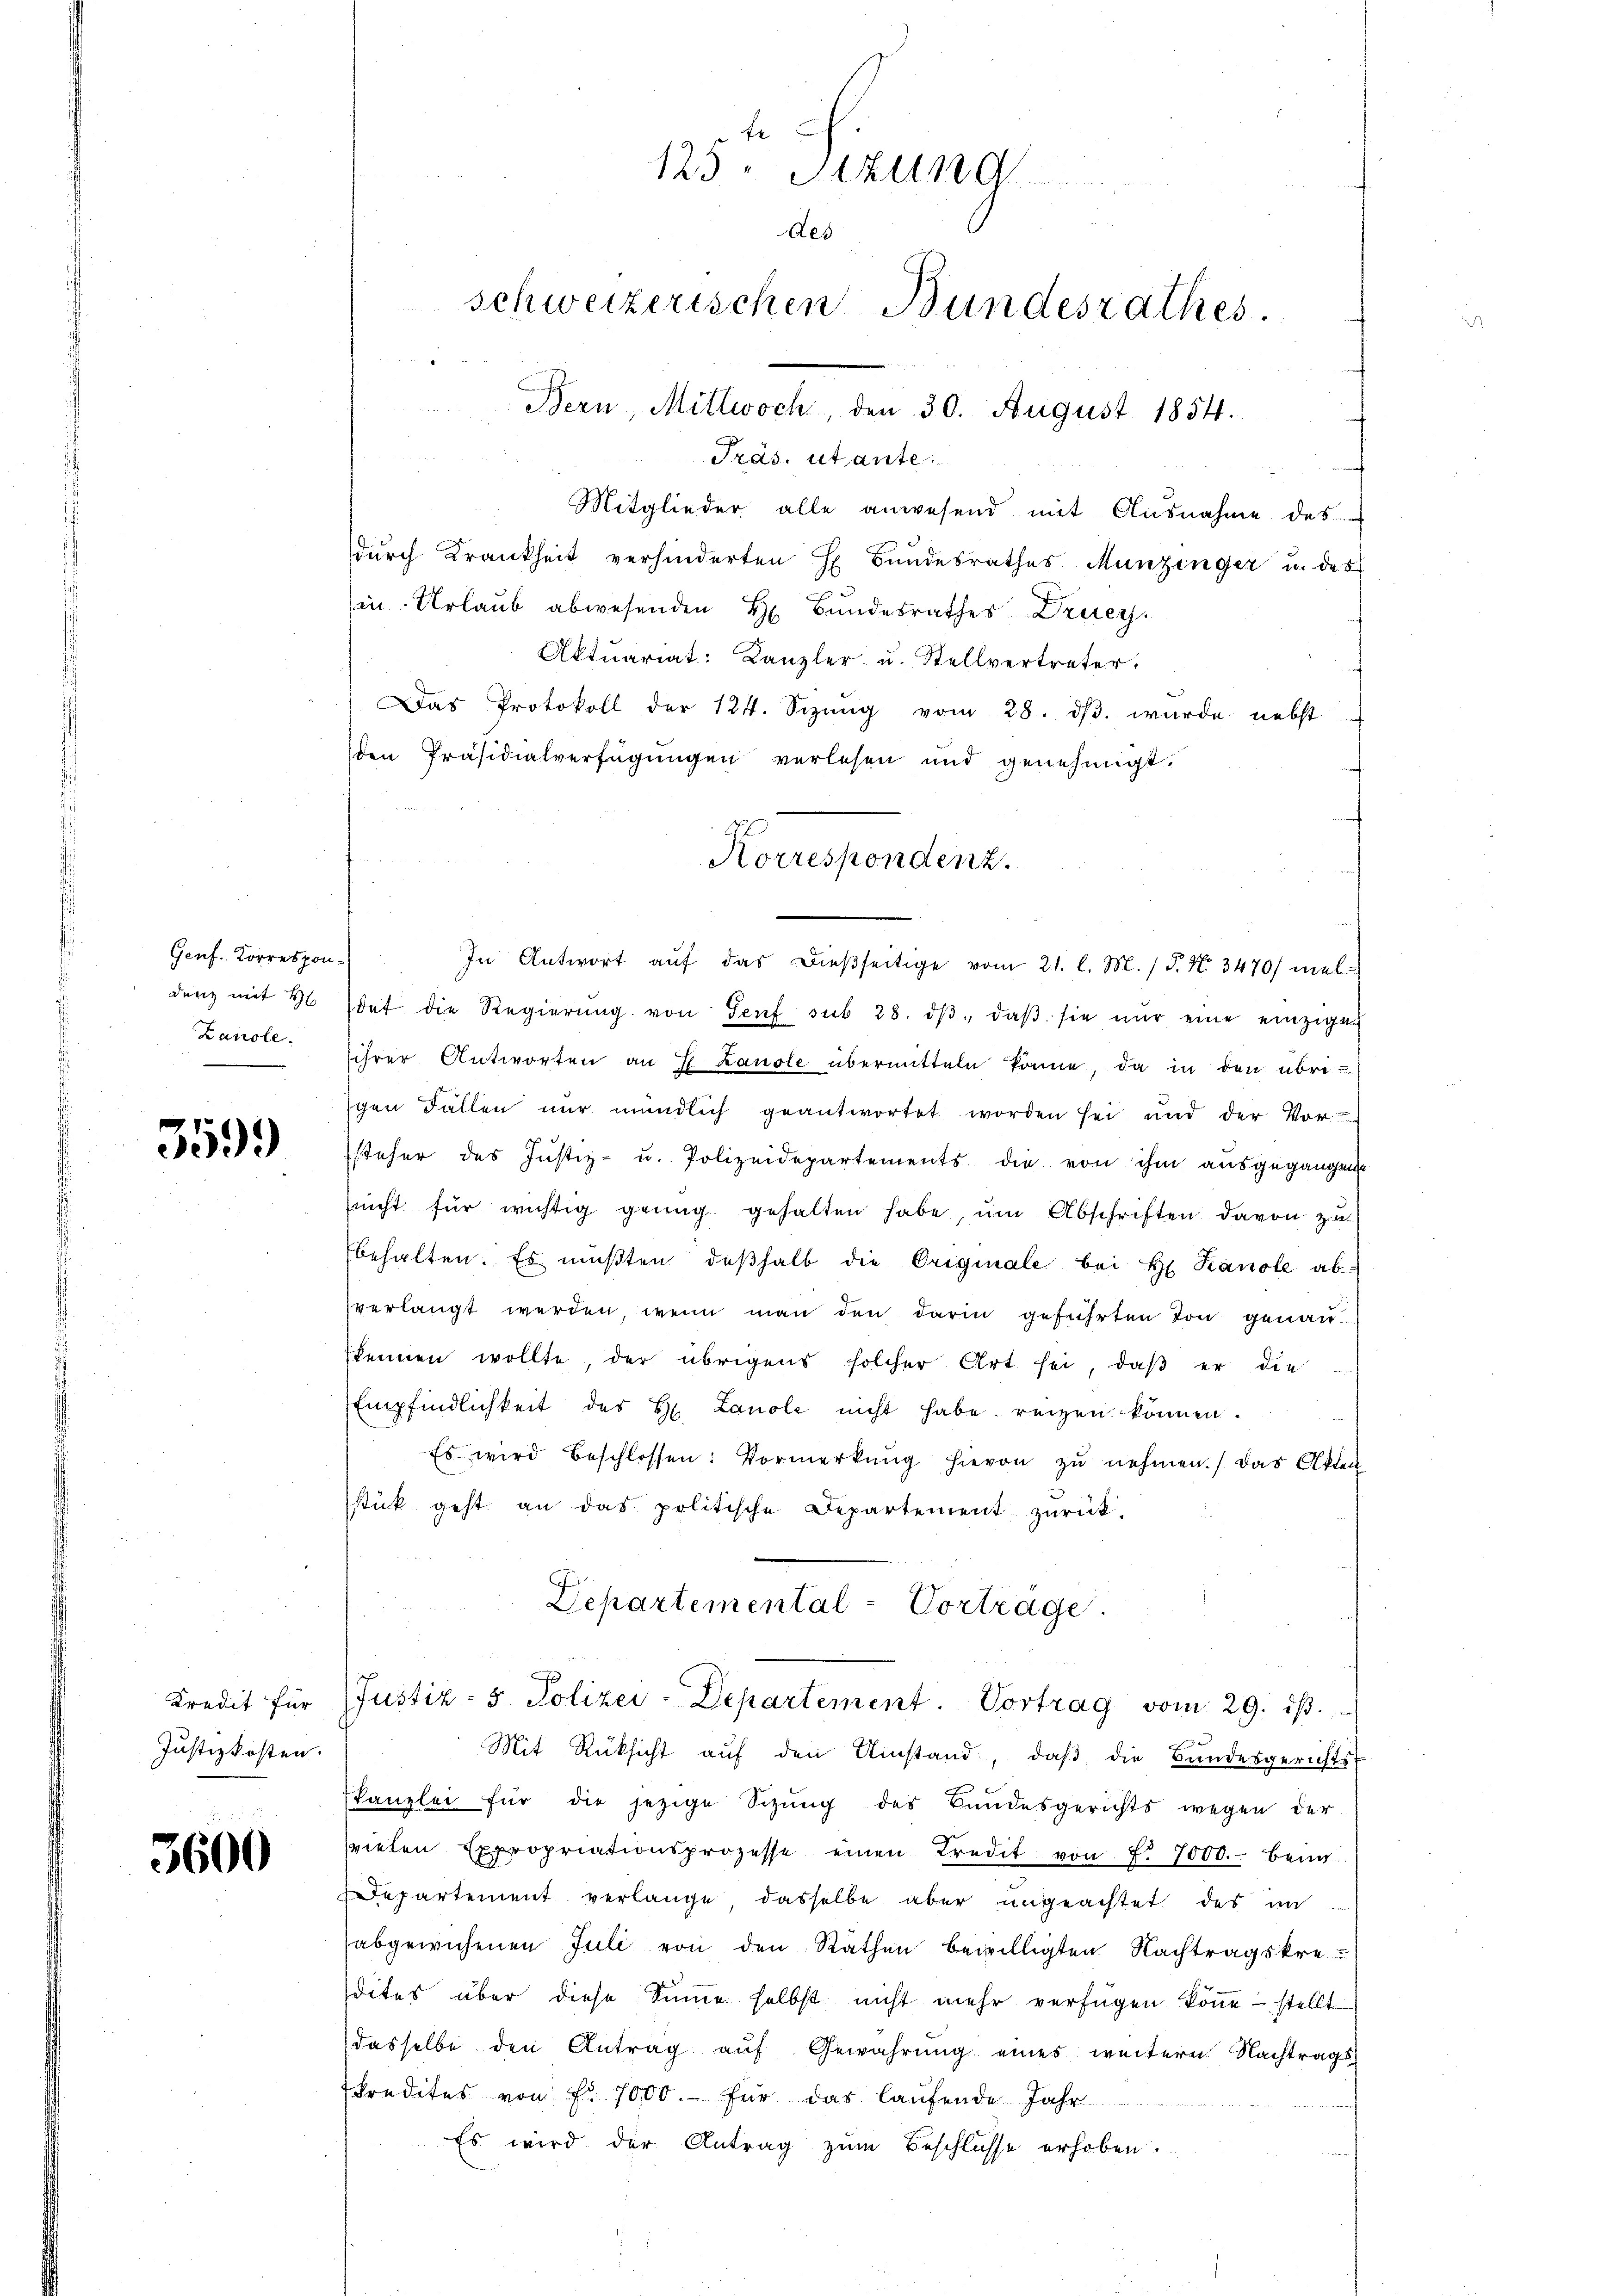
Genf. Korrespon¬
Lanole.

359.

Justizkosten.

3600

Präs. utante
Mitglieder alle anwesend mit Ausnahme des
durch Krankheit verhinderten H Bundesrathes Munzinger u. des
in Urlaub abwesenden H. Bundesrathes Druey¬
Aktuariat: Kanzler u. Stellvertreter.
Das Protokoll der 124. Sizŭng vom 28. dβ. wurde nebst
den Präsidialverfügungen verlesen und genehmigt.
In Antwort aŭf das dießseitige vom 21. l. M. / 5. No. 3470/ meldenz mit 26 dat die Regierŭng von Genf sub 28. dβ. daβ sie nŭr eine einzigen
ihrer Antworten an Landle übermitteln könne, da in den übrigen Fällen nur mündlich geantwortet worden sei und der Vor
steher des Justiz- u. Polizeidepartements die von ihm ausgegangen
sricht für wichtig genug gehalten habe, um Abschriften davon zu
behalten. Es müßten deβhalb die Originale bei Hr. Kanole ab
verlangt werden, wenn man den darin geführten Ton genau
kennen wollte, der übrigens solcher Art sei, daβ er die
Empfindlichkeit des H. Lanole nicht habe reizen können.
Es wird beschlossen: Vormerkŭng hievon zu nehmen.) Das Akten
stück geht an das politische Departement zurück-
Departemental-Vorträge.
Kredit für Justiz- & Polizei-Departement. Vortrag vom 29. ist.
Mit Rüksicht aŭf den Umstand, daβ die Bundesgerichts-
kanzlei für die jezige Sizŭng des Bŭndesgerichts wegen der
vielen Expropriationsprozesse einen Credit von f. 7000.- Bein
epartement verlange, dasselbe aber ungeachtet des in
abgewichenen Juli von den Räthen bewilligten Nachtragskresdites über diese Sinne selbst nicht mehr verfügen könne, stellt
dasselbe den Antrag auf Gewährung eines weitern Nachtrags
kredites von Fr. 1000. für das laufende Jahr
Es wird der Antrag zŭm Beschlüsse erhoben.

f
125. Sitzun
des
schweizerischen Bundesrathes.
Bern, Mittwoch, den 30. August 1854.

Korrespondenz.